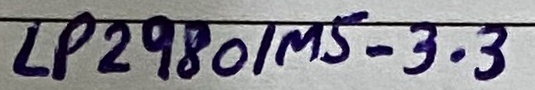
Text: LP2980/MS-3.3